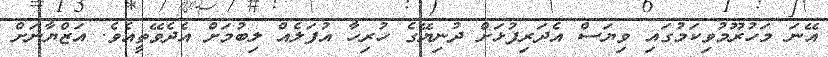
އޭނަ މަހުރޫމުވިކަމުގައި ވިޔަސް އެދަރިފުޅަށް ދުނިޔޭގެ ހުރިހާ އުފަލެއް ލިބުމަށް އެދެވޭތީއެވެ. އަޒްޔާނަށް